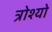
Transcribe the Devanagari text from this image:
त्रोश्यो